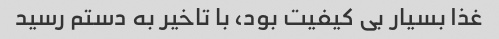
غذا بسیار بی کیفیت بود، با تاخیر به دستم رسید